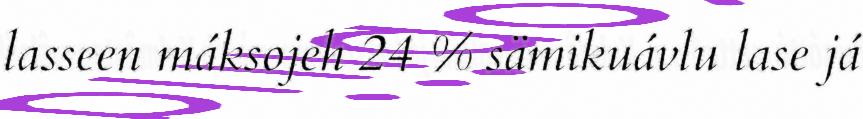
lasseen máksojeh 24 % sämikuávlu lase já